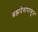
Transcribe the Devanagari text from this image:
ब्रह्मदेवापासून